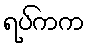
ရပ်ကက